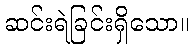
ဆင်းရဲခြင်းရှိသော။